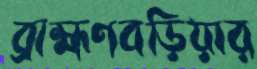
ব্রাহ্মণবড়িয়ার